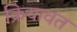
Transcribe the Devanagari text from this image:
क्रियावंत